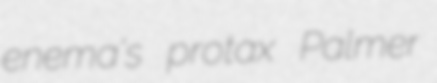
enema's protax Palmer